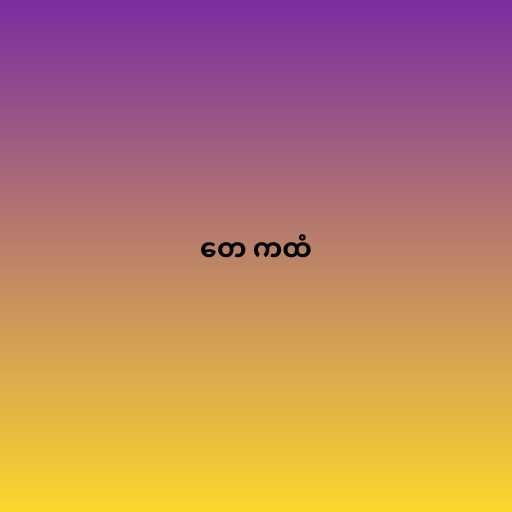
တေ ကထံ